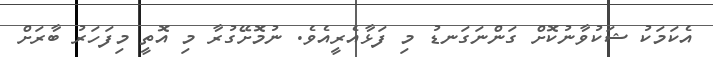
އެކަމަކު ޝަކުވާނުކޮށް ގަންނަގަނޑު މި ފަޅާއެރީއެވެ. ނުމޮށޭގުރާ މި އޮތީ މިފަހަރު ބާރަށް